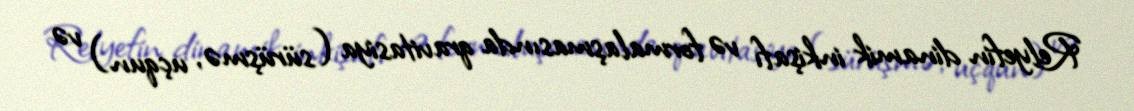
Relyefin dinamik inkişafı və formalaşmasında qravitasiya (sürüşmə, uçqun) və